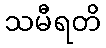
သမီရတိ